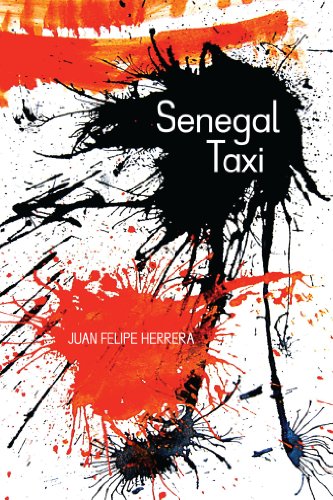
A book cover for Senegal Taxi (Camino del Sol); Juan Felipe Herrera; Literature & Fiction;